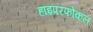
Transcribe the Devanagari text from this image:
हाइपरफोकल